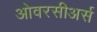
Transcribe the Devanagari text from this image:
ओवरसीअर्स